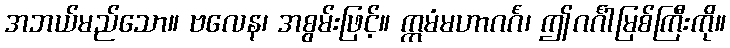
အဘယ်မည်သော။ ဗလေန၊ အစွမ်းဖြင့်။ ဣမံမဟာဂင်္ဂံ၊ ဤဂင်္ဂါမြစ်ကြီးကို။